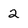
Character: 2